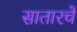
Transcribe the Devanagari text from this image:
सातारचें